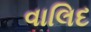
વાલિદ